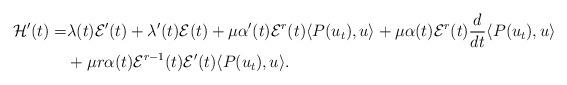
LaTeX: \begin{align*}\mathcal{H}^{\prime}(t) =&\lambda(t)\mathcal{E}^{\prime}(t) +\lambda^{\prime}(t) \mathcal{E}(t) + \mu \alpha^{\prime}(t) \mathcal{E}^r(t)\langle P(u_t), u\rangle + \mu\alpha(t) \mathcal{E}^r(t) \frac{d}{dt} \langle P(u_t), u\rangle \\&+\mu r\alpha(t) \mathcal{E}^{r-1}(t)\mathcal{E}^{\prime}(t)\langle P(u_t), u\rangle.\end{align*}